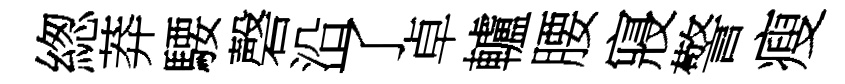
緫莽騕磬沿了卓轤腰寢警瘦